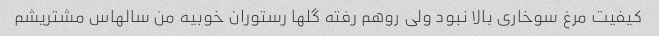
کیفیت مرغ سوخاری بالا نبود ولی روهم رفته گلها رستوران خوبیه من سالهاس مشتریشم